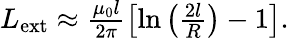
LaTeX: \begin{array}{r}{L_{\mathrm{ext}}\approx\frac{\mu_{0}l}{2\pi}\left[\ln\left(\frac{2l}{R}\right)-1\right].}\end{array}